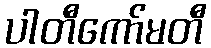
ပါတီကော်မတီ